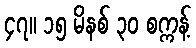
၄၇။ ၁၅ မိနစ် ၃၀ စက္ကန့်